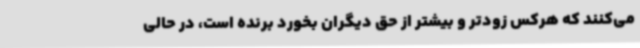
می‌کنند که هرکس زودتر و بیشتر از حق دیگران بخورد برنده است، در حالی